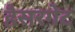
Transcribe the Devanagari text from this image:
हैसरगेट